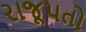
રાજૂપતો